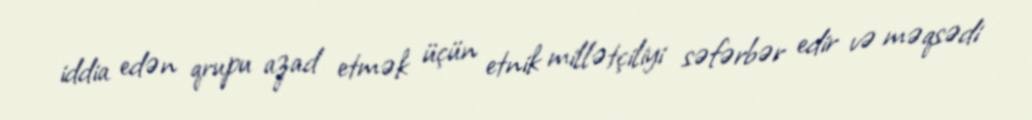
iddia edən qrupu azad etmək üçün etnik millətçiliyi səfərbər edir və məqsədi